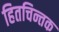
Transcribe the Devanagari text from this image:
हितचिन्तक